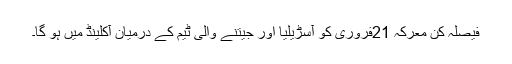
فیصلہ کن معرکہ 21فروری کو آسڑیلیا اور جیتنے والی ٹیم کے درمیان آکلینڈ میں ہو گا۔